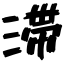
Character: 滞